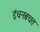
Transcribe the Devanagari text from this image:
इंधनबचत